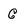
Character: G